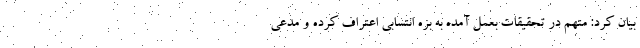
بیان کرد: متهم در تحقیقات بعمل آمده به بزه انتسابی اعتراف کرده و مدعی